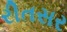
રીતસર